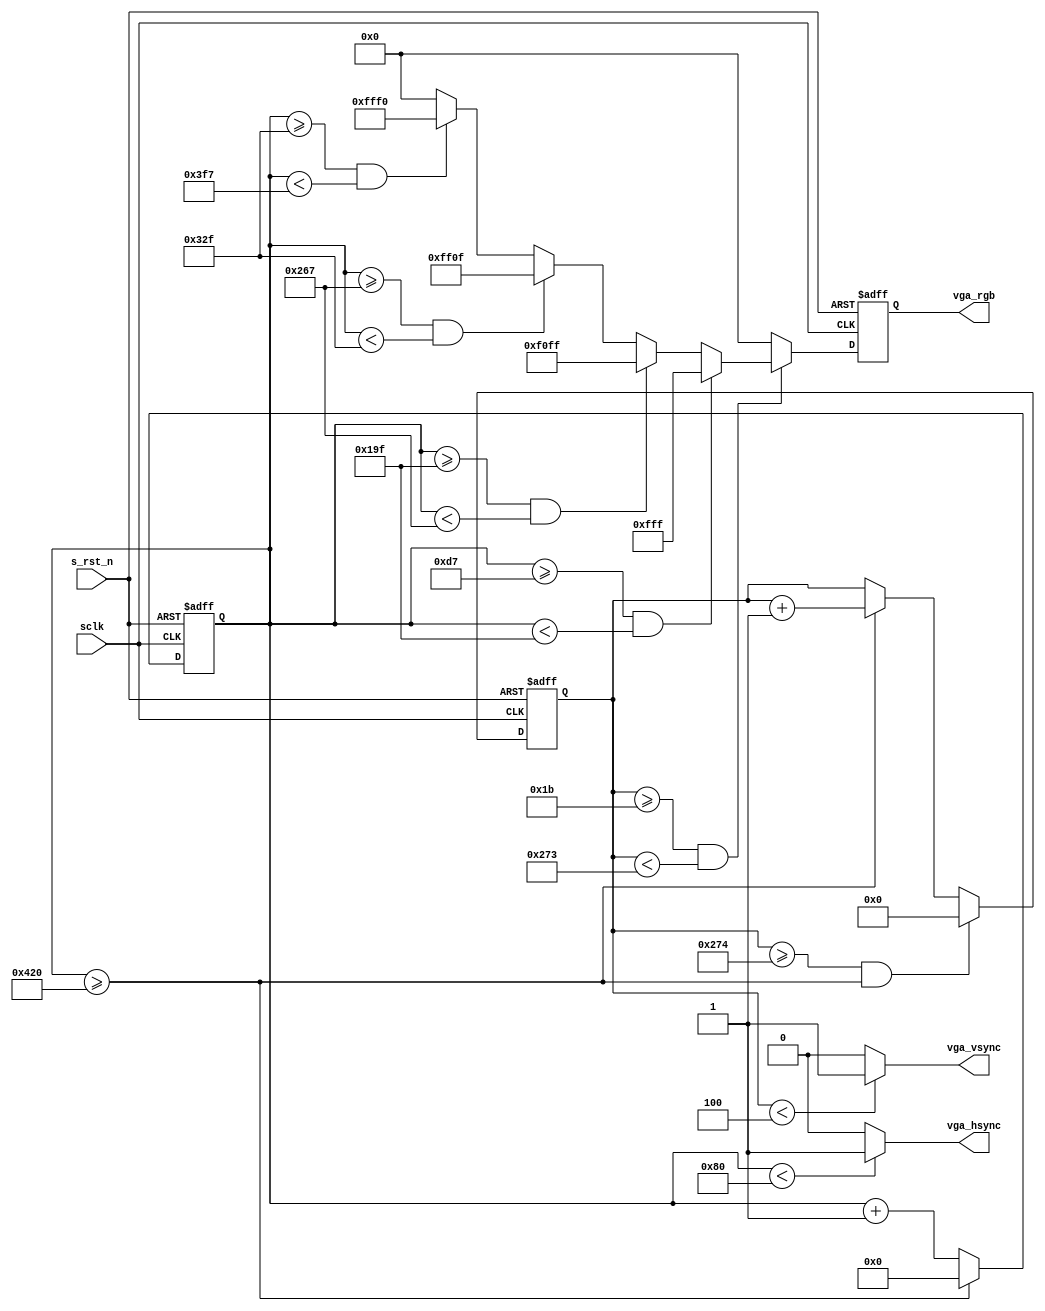
// *********************************************************************************
// Project Name : OSXXXX
// Website      : http://www.opensoc.cn/
// Create Time  : 2017/4/12 21:52:17
// Module Name  : 
// Called By    :
// Abstract     :
//
// CopyRight(c) 2016, OpenSoc Studio.. 
// All Rights Reserved
//
// *********************************************************************************
// Modification History:
// Date         By              Version                 Change Description
// -----------------------------------------------------------------------
// 2017/4/12    Kevin           1.0                     Original
//  
// *********************************************************************************
`timescale      1ns/1ns

module  vga_drive(
        // system signals
        input                   sclk                    ,       
        input                   s_rst_n                 ,       
        // VGA
        output  wire            vga_hsync               ,       
        output  wire            vga_vsync               ,       
        output  reg     [15:0]  vga_rgb
);

//========================================================================\
// =========== Define Parameter and Internal signals =========== 
//========================================================================/
localparam      H_TOTAL_TIME    =       1056                    ;
localparam      H_ADDR_TIME     =       800                     ;
localparam      H_SYNC_TIME     =       128                     ;
localparam      H_BACK_PORCH    =       88                      ;

localparam      V_TOTAL_TIME    =       628                     ;
localparam      V_ADDR_TIME     =       600                     ;
localparam      V_SYNC_TIME     =       4                       ;
localparam      V_BACK_PORCH    =       23                      ;

reg     [10:0]                  cnt_h                           ;       
reg     [ 9:0]                  cnt_v                           ;       

//=============================================================================
//**************    Main Code   **************
//=============================================================================
always  @(posedge sclk or negedge s_rst_n) begin
        if(s_rst_n == 1'b0)
                cnt_h   <=      'd0;
        else if(cnt_h >= H_TOTAL_TIME)
                cnt_h   <=      'd0;
        else
                cnt_h   <=      cnt_h + 1'b1;
end

always  @(posedge sclk or negedge s_rst_n) begin
        if(s_rst_n == 1'b0)
                cnt_v   <=      'd0;
        else if(cnt_v >= V_TOTAL_TIME && cnt_h >= H_TOTAL_TIME)
                cnt_v   <=      'd0;
        else if(cnt_h >= H_TOTAL_TIME)
                cnt_v   <=      cnt_v + 1'b1;
end

always  @(posedge sclk or negedge s_rst_n) begin
        if(s_rst_n == 1'b0)
                vga_rgb <=      'd0;
        else if(cnt_v >= (V_SYNC_TIME + V_BACK_PORCH) && cnt_v < (V_SYNC_TIME + V_BACK_PORCH + V_ADDR_TIME)) begin
                if(cnt_h >= (H_SYNC_TIME + H_BACK_PORCH - 1) && cnt_h < (H_SYNC_TIME + H_BACK_PORCH - 1 + 200))
                        vga_rgb <=      16'h0fff;
                else if(cnt_h >= (H_SYNC_TIME + H_BACK_PORCH - 1 + 200) && cnt_h < (H_SYNC_TIME + H_BACK_PORCH - 1 + 400))
                        vga_rgb <=      16'hf0ff;
                else if(cnt_h >= (H_SYNC_TIME + H_BACK_PORCH - 1 + 400) && cnt_h < (H_SYNC_TIME + H_BACK_PORCH - 1 + 600))
                        vga_rgb <=      16'hff0f;
                else if(cnt_h >= (H_SYNC_TIME + H_BACK_PORCH - 1 + 600) && cnt_h < (H_SYNC_TIME + H_BACK_PORCH - 1 + H_ADDR_TIME))
                        vga_rgb <=      16'hfff0;
                else
                        vga_rgb <=      16'h0000;
        end
        else
                vga_rgb <=      16'h000;
end

assign  vga_hsync       =       (cnt_h < H_SYNC_TIME) ? 1'b1 : 1'b0;
assign  vga_vsync       =       (cnt_v < V_SYNC_TIME) ? 1'b1 : 1'b0;

endmodule